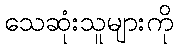
သေဆုံးသူများကို